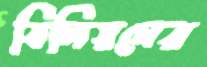
বিলিয়নের